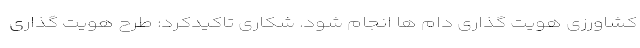
کشاورزی هویت گذاری دام ها انجام شود. شکاری تاکیدکرد: طرح هویت گذاری